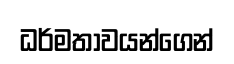
ධර්මතාවයන්ගෙන්